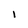
Character: I